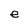
Character: e